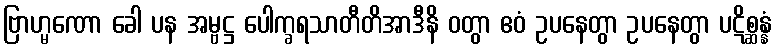
ဗြာဟ္မဏော ခေါ ပန အမ္ဗဋ္ဌ ပေါက္ခရသာတီတိအာဒီနိ ဝတွာ ဧဝံ ဥပနေတွာ ဥပနေတွာ ပဋိစ္ဆန္နံ